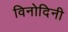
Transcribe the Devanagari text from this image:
विनोदिनी